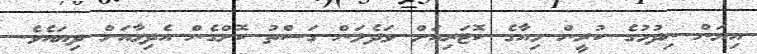
އިޔަން ނިދުމުގެ ކުރީން މިއާގެ ކޮޓަރިއަށް ވަދެލަން ގަސްތު ކޮށްގެން އެދިމާއަށް ދިޔައެވެ.